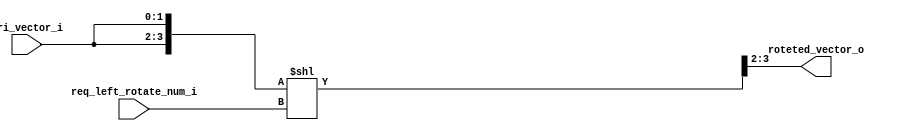
module left_circular_rotate (
	ori_vector_i,
	req_left_rotate_num_i,
	roteted_vector_o
);
	parameter N_INPUT = 2;
	localparam [31:0] N_INPUT_WIDTH = (N_INPUT > 1 ? $clog2(N_INPUT) : 1);
	input wire [N_INPUT - 1:0] ori_vector_i;
	input wire [N_INPUT_WIDTH - 1:0] req_left_rotate_num_i;
	output wire [N_INPUT - 1:0] roteted_vector_o;
	wire [(N_INPUT * 2) - 1:0] ori_vector_mid;
	assign ori_vector_mid = {ori_vector_i, ori_vector_i} << req_left_rotate_num_i;
	assign roteted_vector_o = ori_vector_mid[(N_INPUT * 2) - 1-:N_INPUT];
endmodule
module oh2idx (
	oh_i,
	idx_o
);
	parameter [31:0] N_INPUT = 2;
	localparam [31:0] N_INPUT_WIDTH = (N_INPUT > 1 ? $clog2(N_INPUT) : 1);
	input [N_INPUT - 1:0] oh_i;
	output wire [N_INPUT_WIDTH - 1:0] idx_o;
	genvar i;
	genvar j;
	wire [(N_INPUT_WIDTH * N_INPUT) - 1:0] mask;
	generate
		for (i = 0; i < N_INPUT_WIDTH; i = i + 1) begin : gen_mask_i
			for (j = 0; j < N_INPUT; j = j + 1) begin : gen_mask_j
				assign mask[(i * N_INPUT) + j] = (j / (2 ** i)) % 2;
			end
		end
		for (i = 0; i < N_INPUT_WIDTH; i = i + 1) begin : gen_idx_o
			assign idx_o[i] = |(oh_i & mask[i * N_INPUT+:N_INPUT]);
		end
	endgenerate
endmodule
module onehot_mux (
	sel_i,
	data_i,
	data_o
);
	parameter [31:0] SOURCE_COUNT = 2;
	parameter [31:0] DATA_WIDTH = 1;
	input wire [SOURCE_COUNT - 1:0] sel_i;
	input wire [(SOURCE_COUNT * DATA_WIDTH) - 1:0] data_i;
	output wire [DATA_WIDTH - 1:0] data_o;
	wire [(DATA_WIDTH * SOURCE_COUNT) - 1:0] trans_data;
	wire [(DATA_WIDTH * SOURCE_COUNT) - 1:0] select_mat;
	genvar i;
	generate
		for (i = 0; i < DATA_WIDTH; i = i + 1) begin : genblk1
			genvar j;
			for (j = 0; j < SOURCE_COUNT; j = j + 1) begin : genblk1
				assign trans_data[(i * SOURCE_COUNT) + j] = data_i[(j * DATA_WIDTH) + i];
			end
		end
		for (i = 0; i < DATA_WIDTH; i = i + 1) begin : genblk2
			assign select_mat[i * SOURCE_COUNT+:SOURCE_COUNT] = trans_data[i * SOURCE_COUNT+:SOURCE_COUNT] & sel_i;
			assign data_o[i] = |select_mat[i * SOURCE_COUNT+:SOURCE_COUNT];
		end
	endgenerate
endmodule
module one_hot_priority_encoder (
	sel_i,
	sel_o
);
	parameter [31:0] SEL_WIDTH = 8;
	input wire [SEL_WIDTH - 1:0] sel_i;
	output wire [SEL_WIDTH - 1:0] sel_o;
	localparam [31:0] SEL_ID_WIDHT = $clog2(SEL_WIDTH);
	wire [SEL_WIDTH - 1:0] sel_mask;
	assign sel_mask = (~sel_i + 1'b1) & sel_i;
	assign sel_o = sel_mask;
endmodule
module one_hot_rr_arb (
	req_i,
	update_i,
	grt_o,
	grt_idx_o,
	rstn,
	clk
);
	parameter N_INPUT = 2;
	localparam [31:0] N_INPUT_WIDTH = (N_INPUT > 1 ? $clog2(N_INPUT) : 1);
	localparam [31:0] IS_LOG2 = (2 ** N_INPUT_WIDTH) == N_INPUT;
	parameter TIMEOUT_UPDATE_EN = 0;
	parameter TIMEOUT_UPDATE_CYCLE = 10;
	input wire [N_INPUT - 1:0] req_i;
	input wire update_i;
	output wire [N_INPUT - 1:0] grt_o;
	output wire [N_INPUT_WIDTH - 1:0] grt_idx_o;
	input wire rstn;
	input wire clk;
	reg [$clog2(TIMEOUT_UPDATE_CYCLE) - 1:0] timeout_counter_q;
	wire [$clog2(TIMEOUT_UPDATE_CYCLE) - 1:0] timeout_counter_d;
	wire timeout_counter_add;
	wire timeout_counter_clr;
	wire timeout_counter_en;
	wire timeout_en;
	generate
		if (N_INPUT == 1) begin : gen_one_hot_rr_arb_one_input
			assign grt_o = req_i;
			assign grt_idx_o = 0;
		end
		else begin : gen_one_hot_rr_arb_common_input
			wire req_vld;
			wire [(N_INPUT * 2) - 1:0] reversed_dereordered_selected_req_pre_shift;
			wire [(N_INPUT * 2) - 1:0] reversed_dereordered_selected_req_shift;
			wire [N_INPUT - 1:0] reodered_req;
			wire [N_INPUT - 1:0] reordered_selected_req;
			wire [N_INPUT - 1:0] dereordered_selected_req;
			wire [N_INPUT - 1:0] reversed_reordered_selected_req;
			wire [N_INPUT - 1:0] reversed_dereordered_selected_req;
			reg [N_INPUT_WIDTH - 1:0] round_ptr_q;
			wire [N_INPUT_WIDTH - 1:0] round_ptr_d;
			wire [N_INPUT_WIDTH - 1:0] round_ptr_q_comp;
			wire [N_INPUT_WIDTH - 1:0] oh_to_idx;
			wire [N_INPUT_WIDTH - 1:0] selected_req_idx;
			assign req_vld = update_i | timeout_en;
			always @(posedge clk or negedge rstn)
				if (~rstn)
					round_ptr_q <= 1'sb0;
				else if (req_vld)
					round_ptr_q <= round_ptr_d;
			assign round_ptr_q_comp = N_INPUT - round_ptr_q;
			left_circular_rotate #(.N_INPUT(N_INPUT)) left_circular_rotate_reodered_req_u(
				.ori_vector_i(req_i),
				.req_left_rotate_num_i(round_ptr_q),
				.roteted_vector_o(reodered_req)
			);
			one_hot_priority_encoder #(.SEL_WIDTH(N_INPUT)) biased_one_hot_priority_encoder_u(
				.sel_i(reodered_req),
				.sel_o(reordered_selected_req)
			);
			left_circular_rotate #(.N_INPUT(N_INPUT)) left_circular_rotate_dereordered_selected_req_u(
				.ori_vector_i(reordered_selected_req),
				.req_left_rotate_num_i(round_ptr_q_comp),
				.roteted_vector_o(dereordered_selected_req)
			);
			oh2idx #(.N_INPUT(N_INPUT)) oh2idx_u(
				.oh_i(dereordered_selected_req),
				.idx_o(oh_to_idx)
			);
			assign selected_req_idx = oh_to_idx[N_INPUT_WIDTH - 1:0];
			assign round_ptr_d = (selected_req_idx == {N_INPUT_WIDTH {1'sb0}} ? N_INPUT - 1 : (selected_req_idx == (N_INPUT - 1) ? {N_INPUT_WIDTH {1'sb0}} : (N_INPUT - 1) - selected_req_idx));
			assign grt_o = dereordered_selected_req;
			assign grt_idx_o = selected_req_idx;
			if (TIMEOUT_UPDATE_EN) begin : genblk1
				assign timeout_counter_add = |req_i & ~req_vld;
				assign timeout_counter_clr = req_vld;
				assign timeout_counter_d = (timeout_counter_clr ? {$clog2(TIMEOUT_UPDATE_CYCLE) {1'sb0}} : timeout_counter_q + 1);
				assign timeout_counter_en = timeout_counter_add | (timeout_counter_clr & (timeout_counter_q != {$clog2(TIMEOUT_UPDATE_CYCLE) {1'sb0}}));
				always @(posedge clk or negedge rstn)
					if (~rstn)
						timeout_counter_q <= 1'sb0;
					else if (timeout_counter_en)
						timeout_counter_q <= timeout_counter_d;
				assign timeout_en = timeout_counter_q == TIMEOUT_UPDATE_CYCLE;
			end
			else begin : genblk1
				assign timeout_en = 1'sb0;
			end
		end
	endgenerate
endmodule
module priority_req_select (
	req_vld_i,
	req_priority_i,
	req_vld_o
);
	parameter INPUT_NUM = 4;
	parameter INPUT_NUM_IDX_W = (INPUT_NUM > 1 ? $clog2(INPUT_NUM) : 1);
	parameter INPUT_PRIORITY_W = 4;
	input wire [INPUT_NUM - 1:0] req_vld_i;
	input wire [(INPUT_NUM * INPUT_PRIORITY_W) - 1:0] req_priority_i;
	output wire [INPUT_NUM - 1:0] req_vld_o;
	genvar i;
	genvar j;
	wire [(INPUT_NUM * INPUT_NUM) - 1:0] priority_compare_vector;
	generate
		for (i = 0; i < INPUT_NUM; i = i + 1) begin : gen_priority_compare_vector_i
			for (j = 0; j < INPUT_NUM; j = j + 1) begin : gen_priority_compare_vector_j
				if (i == j) begin : gen_diagonal
					assign priority_compare_vector[(i * INPUT_NUM) + j] = req_vld_i[i];
				end
				else begin : gen_others
					assign priority_compare_vector[(i * INPUT_NUM) + j] = ~req_vld_i[j] | (req_priority_i[i * INPUT_PRIORITY_W+:INPUT_PRIORITY_W] >= req_priority_i[j * INPUT_PRIORITY_W+:INPUT_PRIORITY_W]);
				end
			end
		end
		for (i = 0; i < INPUT_NUM; i = i + 1) begin : gen_req_vld_o
			assign req_vld_o[i] = &priority_compare_vector[i * INPUT_NUM+:INPUT_NUM];
		end
	endgenerate
endmodule
module sa_local (
	vc_ctrl_head_vld_i,
	vc_ctrl_head_i,
	sa_local_vld_to_sa_global_o,
	sa_local_vld_o,
	sa_local_vc_id_o,
	sa_local_vc_id_oh_o,
	sa_local_qos_value_o,
	inport_read_enable_sa_stage_i,
	clk,
	rstn
);
	parameter INPUT_NUM = 4;
	parameter INPUT_NUM_IDX_W = (INPUT_NUM > 1 ? $clog2(INPUT_NUM) : 1);
	input wire [INPUT_NUM - 1:0] vc_ctrl_head_vld_i;
	localparam rvh_noc_pkg_QoS_Value_Width = 4;
	localparam rvh_noc_pkg_TxnID_Width = 12;
	localparam rvh_noc_pkg_NodeID_Device_Port_Width = 2;
	localparam rvh_noc_pkg_NodeID_X_Width = 2;
	localparam rvh_noc_pkg_NodeID_Y_Width = 2;
	input wire [(INPUT_NUM * 33) - 1:0] vc_ctrl_head_i;
	localparam rvh_noc_pkg_OUTPUT_PORT_NUMBER = 6;
	output wire [5:0] sa_local_vld_to_sa_global_o;
	output wire sa_local_vld_o;
	output wire [INPUT_NUM_IDX_W - 1:0] sa_local_vc_id_o;
	output wire [INPUT_NUM - 1:0] sa_local_vc_id_oh_o;
	output wire [3:0] sa_local_qos_value_o;
	input wire inport_read_enable_sa_stage_i;
	input wire clk;
	input wire rstn;
	genvar i;
	genvar j;
	wire [INPUT_NUM - 1:0] sa_local_grt_oh;
	wire [INPUT_NUM_IDX_W - 1:0] sa_local_grt_idx;
	wire [INPUT_NUM - 1:0] vc_ctrl_head_vld_join_arb;
	wire [(INPUT_NUM * 3) - 1:0] vc_ctrl_head_i_look_ahead_routing;
	wire [(INPUT_NUM * 6) - 1:0] vc_ctrl_head_i_look_ahead_routing_match;
	wire [3:0] vc_ctrl_head_i_qos_value_sel;
	wire [32:0] vc_ctrl_head_sel;
	wire [(INPUT_NUM * 4) - 1:0] vc_ctrl_head_qos_value;
	generate
		for (i = 0; i < INPUT_NUM; i = i + 1) begin : gen_vc_ctrl_head_qos_value
			assign vc_ctrl_head_qos_value[i * 4+:4] = vc_ctrl_head_i[(i * 33) + 3-:rvh_noc_pkg_QoS_Value_Width];
		end
	endgenerate
	priority_req_select #(
		.INPUT_NUM(INPUT_NUM),
		.INPUT_PRIORITY_W(rvh_noc_pkg_QoS_Value_Width)
	) sa_local_priority_req_select_u(
		.req_vld_i(vc_ctrl_head_vld_i),
		.req_priority_i(vc_ctrl_head_qos_value),
		.req_vld_o(vc_ctrl_head_vld_join_arb)
	);
	one_hot_rr_arb #(
		.N_INPUT(INPUT_NUM),
		.TIMEOUT_UPDATE_EN(1),
		.TIMEOUT_UPDATE_CYCLE(10)
	) sa_local_rr_arb_u(
		.req_i(vc_ctrl_head_vld_join_arb),
		.update_i(inport_read_enable_sa_stage_i),
		.grt_o(sa_local_grt_oh),
		.grt_idx_o(sa_local_grt_idx),
		.rstn(rstn),
		.clk(clk)
	);
	assign sa_local_vc_id_o = sa_local_grt_idx;
	assign sa_local_vc_id_oh_o = sa_local_grt_oh;
	assign sa_local_qos_value_o = vc_ctrl_head_sel[3-:rvh_noc_pkg_QoS_Value_Width];
	assign sa_local_vld_o = |vc_ctrl_head_vld_join_arb;
	generate
		for (i = 0; i < rvh_noc_pkg_OUTPUT_PORT_NUMBER; i = i + 1) begin : genblk2
			assign sa_local_vld_to_sa_global_o[i] = vc_ctrl_head_vld_join_arb[sa_local_grt_idx] & vc_ctrl_head_i_look_ahead_routing_match[(sa_local_grt_idx * 6) + i];
		end
		for (i = 0; i < INPUT_NUM; i = i + 1) begin : genblk3
			assign vc_ctrl_head_i_look_ahead_routing[i * 3+:3] = vc_ctrl_head_i[(i * 33) + 6-:3];
		end
		for (i = 0; i < INPUT_NUM; i = i + 1) begin : gen_vc_ctrl_head_i_look_ahead_routing_match_i
			for (j = 0; j < rvh_noc_pkg_OUTPUT_PORT_NUMBER; j = j + 1) begin : gen_vc_ctrl_head_i_look_ahead_routing_match_j
				assign vc_ctrl_head_i_look_ahead_routing_match[(i * 6) + j] = vc_ctrl_head_i_look_ahead_routing[i * 3+:3] == j[2:0];
			end
		end
	endgenerate
	onehot_mux #(
		.SOURCE_COUNT(INPUT_NUM),
		.DATA_WIDTH(33)
	) onehot_mux_qos_value_sel_u(
		.sel_i(sa_local_grt_oh),
		.data_i(vc_ctrl_head_i),
		.data_o(vc_ctrl_head_sel)
	);
endmodule